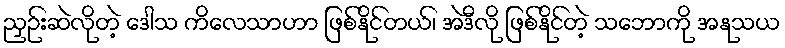
ညှဉ်းဆဲလိုတဲ့ ဒေါသ ကိလေသာဟာ ဖြစ်နိုင်တယ်၊ အဲဒီလို ဖြစ်နိုင်တဲ့ သဘောကို အနုသယ